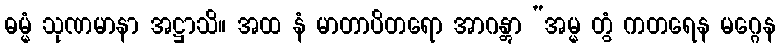
ဓမ္မံ သုဏမာနာ အဋ္ဌာသိ။ အထ နံ မာတာပိတရော အာဂန္တွာ “အမ္မ တွံ ကတရေန မဂ္ဂေန